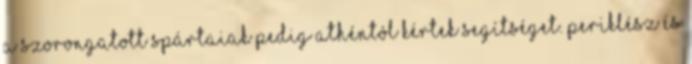
a szorongatott spártaiak pedig Athéntól kértek segítséget. Periklész és